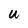
Character: U